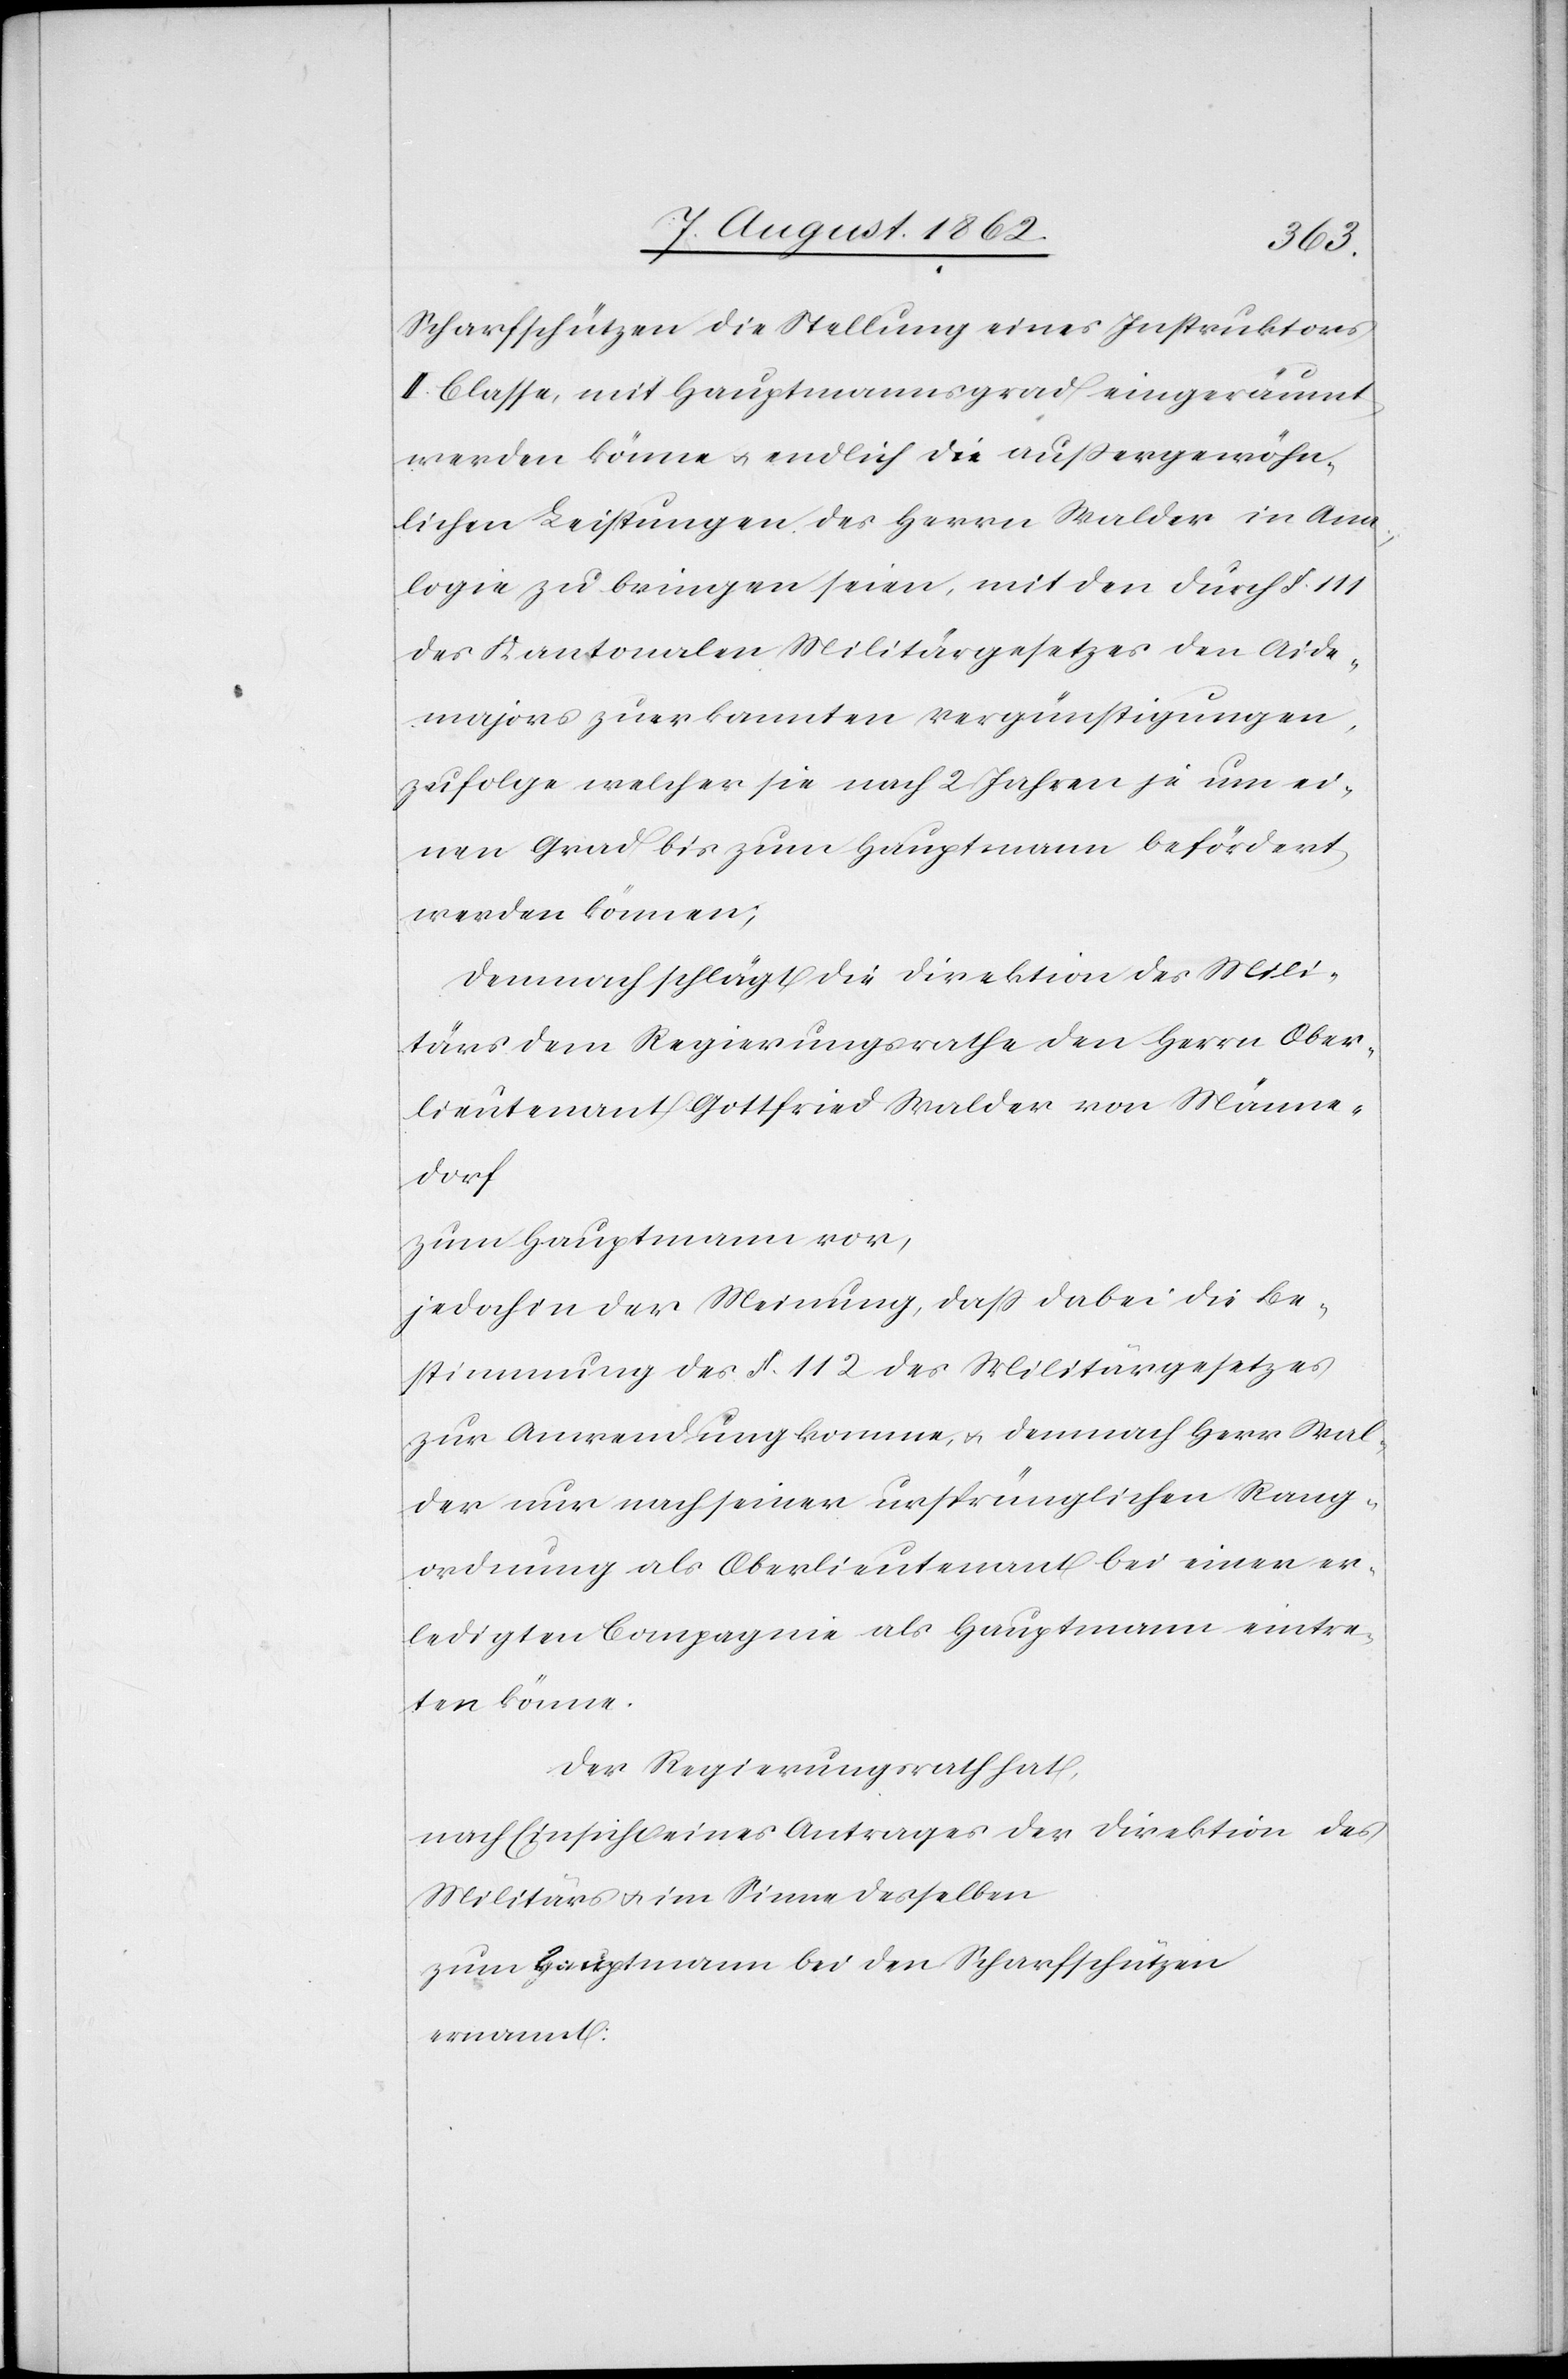
Scharfschützen die Stellung eines Instruktors
II. Classe, mit Hauptmannsgrad eingeräumt
werden könne u. endlich die außergewöhn¬
lichen Leistungen des Herrn Walder in Ana¬
logie zu bringen seien, mit den durch §. 111
des Kantonalen Militärgesetzes den Aide¬
majors zuerkannten Vergünstigungen,
zufolge welcher sie nach 2 Jahren je um ei¬
nen Grad bis zum Hauptmann befördert
werden können;
Demnach schlägt die Direktion des Mili¬
tärs dem Regierungsrathe den Herrn Ober¬
lieutenant Gottfried Walder von Männe¬
dorf
zum Hauptmann vor,
jedoch in der Meinung, daß dabei die Be¬
stimmung des §. 112 des Militärgesetzes
zur Anwendung komme, u. demnach Herr Wal¬
der nur nach seiner ursprünglichen Rang¬
ordnung als Oberlieutenant bei einer er¬
ledigten Compagnie als Hauptmann eintre¬
ten könne.
Der Regierungsrath hat,
nach Einsicht eines Antrages der Direktion des
Militärs u. im Sinne desselben
zum Hauptmann bei den Scharfschützen
ernannt: